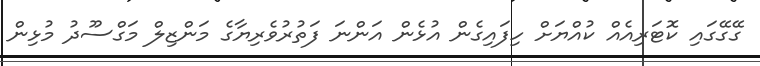
ގޭގޭގައި ކޮޓަރިއެއް ކުއްޔަށް ހިފައިގެން އުޅެން އަންނަ ފަތުރުވެރިޔާގެ މަންޒިލް މަގްސޫދު މުޅިން